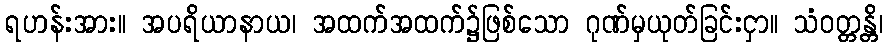
ရဟန်းအား။ အပရိယာနာယ၊ အထက်အထက်၌ဖြစ်သော ဂုဏ်မှယုတ်ခြင်းငှာ။ သံဝတ္တန္တိ၊